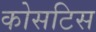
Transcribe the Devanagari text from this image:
कोसटिस